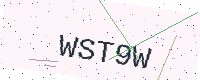
Text: WST9W